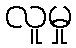
လူမှု